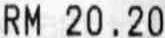
RM 20.20